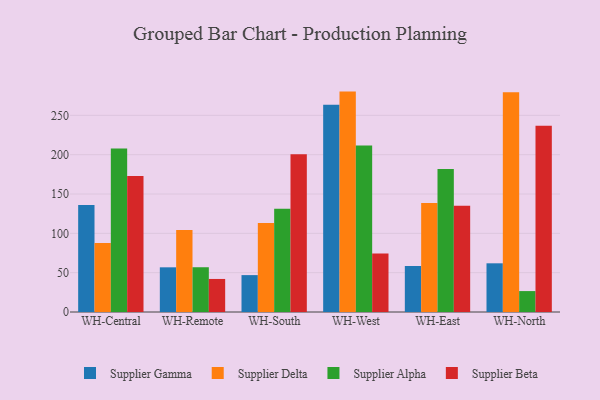
{"axis": {"x": "Warehouse", "y": "Production Output"}, "legend": ["Supplier Alpha", "Supplier Beta", "Supplier Delta", "Supplier Gamma"], "data": [{"x": "WH-Central", "y": 136.0, "type": "Supplier Gamma"}, {"x": "WH-Central", "y": 87.6, "type": "Supplier Delta"}, {"x": "WH-Central", "y": 207.9, "type": "Supplier Alpha"}, {"x": "WH-Central", "y": 172.8, "type": "Supplier Beta"}, {"x": "WH-Remote", "y": 56.8, "type": "Supplier Gamma"}, {"x": "WH-Remote", "y": 104.4, "type": "Supplier Delta"}, {"x": "WH-Remote", "y": 56.9, "type": "Supplier Alpha"}, {"x": "WH-Remote", "y": 42.0, "type": "Supplier Beta"}, {"x": "WH-South", "y": 46.9, "type": "Supplier Gamma"}, {"x": "WH-South", "y": 113.1, "type": "Supplier Delta"}, {"x": "WH-South", "y": 131.2, "type": "Supplier Alpha"}, {"x": "WH-South", "y": 200.5, "type": "Supplier Beta"}, {"x": "WH-West", "y": 263.4, "type": "Supplier Gamma"}, {"x": "WH-West", "y": 280.2, "type": "Supplier Delta"}, {"x": "WH-West", "y": 211.7, "type": "Supplier Alpha"}, {"x": "WH-West", "y": 74.5, "type": "Supplier Beta"}, {"x": "WH-East", "y": 58.5, "type": "Supplier Gamma"}, {"x": "WH-East", "y": 138.6, "type": "Supplier Delta"}, {"x": "WH-East", "y": 181.7, "type": "Supplier Alpha"}, {"x": "WH-East", "y": 135.2, "type": "Supplier Beta"}, {"x": "WH-North", "y": 61.9, "type": "Supplier Gamma"}, {"x": "WH-North", "y": 279.4, "type": "Supplier Delta"}, {"x": "WH-North", "y": 26.6, "type": "Supplier Alpha"}, {"x": "WH-North", "y": 236.8, "type": "Supplier Beta"}]}